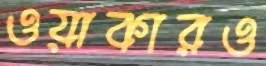
ওয়াকারও